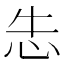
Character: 𰑆